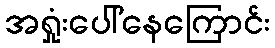
အရှုံးပေါ်နေကြောင်း